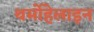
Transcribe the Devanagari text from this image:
थर्मोहेलाइन